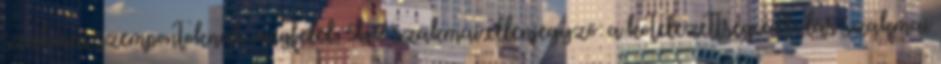
szakmai szempontoknak megfelel, 5b.2 szakmai ellenjegyző: a kötelezettségvállalás szakmai